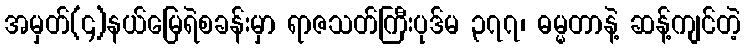
အမှတ်(၄)နယ်မြေရဲစခန်းမှာ ရာဇသတ်ကြီးပုဒ်မ ၃၇၇၊ ဓမ္မတာနဲ့ ဆန့်ကျင်တဲ့